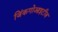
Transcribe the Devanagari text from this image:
जिंकगोआइटीज